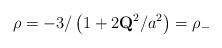
LaTeX: \begin{align*}\rho = - 3 /\left(1 + 2 {\bf Q}^{2}/a^{2} \right) = \rho_{-}\end{align*}